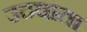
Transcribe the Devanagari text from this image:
उठवाता